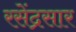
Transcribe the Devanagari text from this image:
रसेंद्रसार